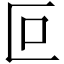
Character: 叵